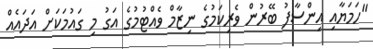
"ހަމަޔާއި އިންސާފު ބޭރުން ވެރިކަމުގެ ނިޒާމް ވެއްޓުމުގެ އަގު މި ގައުމަކަށް އަދައެއް